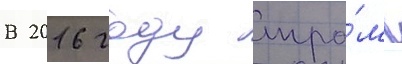
В 2016 году тра́мп